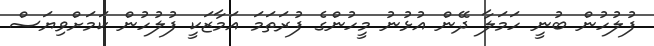
ފުލުހުން ބުނީ ހަމަލާ ދޭން އުޅުނު މީހުންގެ ފުރަތަމަ އަމާޒަކީ ފުލުހުން ކަމަށްވިޔަސް